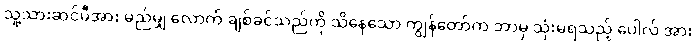
သူ့သားဆင်မီအား မည်မျှ လောက် ချစ်ခင်သည်ကို သိနေသော ကျွန်တော်က ဘာမှ သုံးမရသည့် ပေါလ် အား